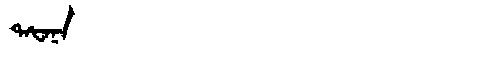
Manchu: ᡨᠠᡶᠠᠨᠠ
Romanization: TAFANA